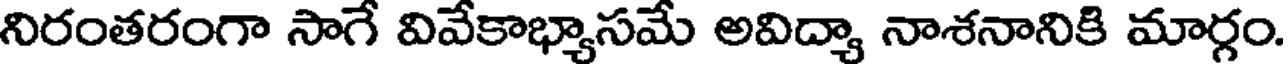
నిరంతరంగా సాగే వివేకాభ్యాసమే అవిద్యా నాశనానికి మార్గం